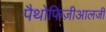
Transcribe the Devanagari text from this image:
पैथोफिज़ीआलजी